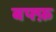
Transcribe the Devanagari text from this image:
बफ्फ़